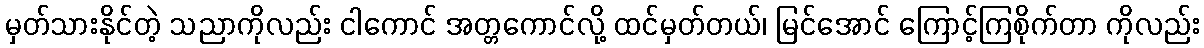
မှတ်သားနိုင်တဲ့ သညာကိုလည်း ငါကောင် အတ္တကောင်လို့ ထင်မှတ်တယ်၊ မြင်အောင် ကြောင့်ကြစိုက်တာ ကိုလည်း